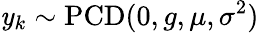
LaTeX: \mathit{y}_{k}\sim\operatorname{PCD}(0,g,\mu,\sigma^{2})